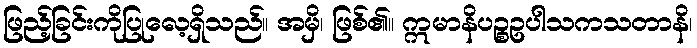
ဖြည့်ခြင်းကိုပြုလေ့ရှိသည်။ အမှိ၊ ဖြစ်၏။ ဣမာနိပဉ္စဥပါသကသတာနိ၊